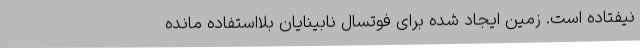
نیفتاده است. زمین ایجاد شده برای فوتسال نابینایان بلااستفاده مانده